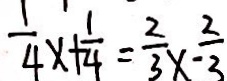
\frac { 1 } { 4 } x + \frac { 1 } { 4 } = \frac { 2 } { 3 } x - \frac { 2 } { 3 }